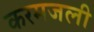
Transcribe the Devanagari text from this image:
करमजली